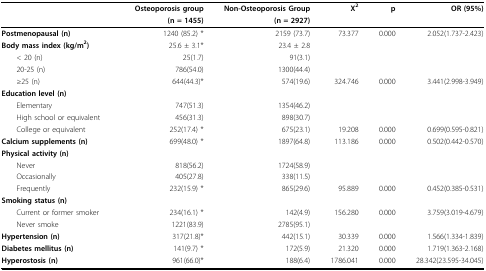
<table><thead><tr><td></td><td><b>Osteoporosis group</b></td><td><b>Non-Osteoporosis Group</b></td><td><b>X<sup>2</sup></b></td><td><b>p</b></td><td><b>OR (95%)</b></td></tr><tr><td></td><td><b>(n = 1455)</b></td><td><b>(n = 2927)</b></td><td></td><td></td><td></td></tr></thead><tbody><tr><td><b>Postmenopausal (n)</b></td><td>1240 (85.2) *</td><td>2159 (73.7)</td><td>73.377</td><td>0.000</td><td>2.052(1.737-2.423)</td></tr><tr><td><b>Body mass index (kg/m<sup>2</sup>)</b></td><td>25.6 ± 3.1*</td><td>23.4 ± 2.8</td><td></td><td></td><td></td></tr><tr><td> &lt; 20 (n)</td><td>25(1.7)</td><td>91(3.1)</td><td></td><td></td><td></td></tr><tr><td> 20-25 (n)</td><td>786(54.0)</td><td>1300(44.4)</td><td></td><td></td><td></td></tr><tr><td> ≥25 (n)</td><td>644(44.3)*</td><td>574(19.6)</td><td>324.746</td><td>0.000</td><td>3.441(2.998-3.949)</td></tr><tr><td><b>Education level (n)</b></td><td></td><td></td><td></td><td></td><td></td></tr><tr><td> Elementary</td><td>747(51.3)</td><td>1354(46.2)</td><td></td><td></td><td></td></tr><tr><td> High school or equivalent</td><td>456(31.3)</td><td>898(30.7)</td><td></td><td></td><td></td></tr><tr><td> College or equivalent</td><td>252(17.4) *</td><td>675(23.1)</td><td>19.208</td><td>0.000</td><td>0.699(0.595-0.821)</td></tr><tr><td><b>Calcium supplements (n)</b></td><td>699(48.0) *</td><td>1897(64.8)</td><td>113.186</td><td>0.000</td><td>0.502(0.442-0.570)</td></tr><tr><td><b>Physical activity (n)</b></td><td></td><td></td><td></td><td></td><td></td></tr><tr><td> Never</td><td>818(56.2)</td><td>1724(58.9)</td><td></td><td></td><td></td></tr><tr><td> Occasionally</td><td>405(27.8)</td><td>338(11.5)</td><td></td><td></td><td></td></tr><tr><td> Frequently</td><td>232(15.9) *</td><td>865(29.6)</td><td>95.889</td><td>0.000</td><td>0.452(0.385-0.531)</td></tr><tr><td><b>Smoking status (n)</b></td><td></td><td></td><td></td><td></td><td></td></tr><tr><td> Current or former smoker</td><td>234(16.1) *</td><td>142(4.9)</td><td>156.280</td><td>0.000</td><td>3.759(3.019-4.679)</td></tr><tr><td> Never smoke</td><td>1221(83.9)</td><td>2785(95.1)</td><td></td><td></td><td></td></tr><tr><td><b>Hypertension (n)</b></td><td>317(21.8)*</td><td>442(15.1)</td><td>30.339</td><td>0.000</td><td>1.566(1.334-1.839)</td></tr><tr><td><b>Diabetes mellitus (n)</b></td><td>141(9.7) *</td><td>172(5.9)</td><td>21.320</td><td>0.000</td><td>1.719(1.363-2.168)</td></tr><tr><td><b>Hyperostosis (n)</b></td><td>961(66.0)*</td><td>188(6.4)</td><td>1786.041</td><td>0.000</td><td>28.342(23.595-34.045)</td></tr></tbody></table>